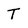
Character: T